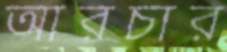
আরচার